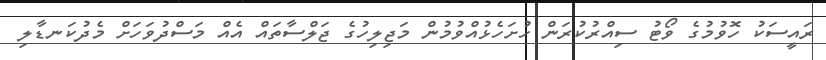
ރައީސަކު ހޮވުމުގެ ވޯޓު ސިއްރުކުރަން ހުށަހެޅުއްވުމުން މަޖިލިހުގެ ޖަލްސާތައް އެއް މަސްދުވަހަށް މެދުކަނޑާލި